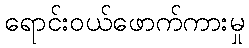
ရောင်းဝယ်ဖောက်ကားမှု